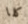
كلا